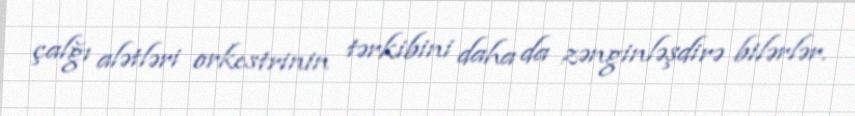
çalğı alətləri orkestrinin tərkibini daha da zənginləşdirə bilərlər.